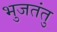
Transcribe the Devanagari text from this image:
भुजतंतु